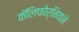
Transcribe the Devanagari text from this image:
कॅलिफोर्नियाने